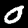
Digit: 0